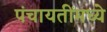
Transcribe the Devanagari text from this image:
पंचायतींमध्ये